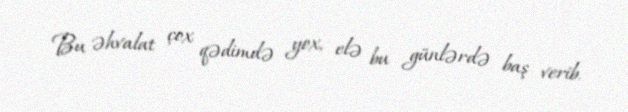
Bu əhvalat çox qədimdə yox, elə bu günlərdə baş verib.